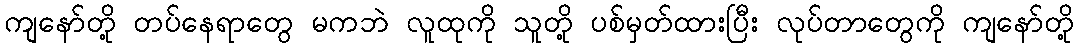
ကျနော်တို့ တပ်နေရာတွေ မကဘဲ လူထုကို သူတို့ ပစ်မှတ်ထားပြီး လုပ်တာတွေကို ကျနော်တို့